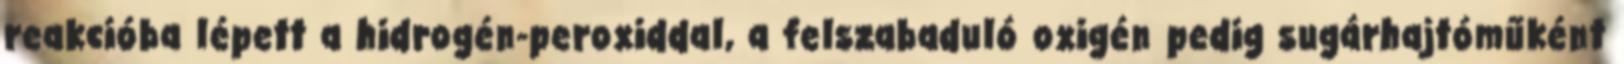
reakcióba lépett a hidrogén-peroxiddal, a felszabaduló oxigén pedig sugárhajtóműként